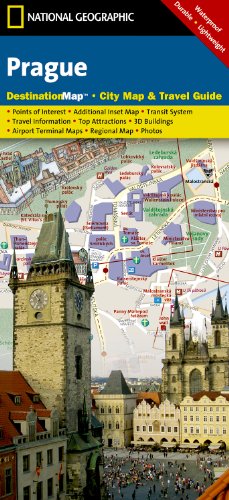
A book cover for Prague (National Geographic Destination City Map); National Geographic Maps; Travel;